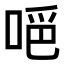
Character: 𠵺